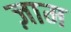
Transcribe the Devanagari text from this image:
ज़ाम